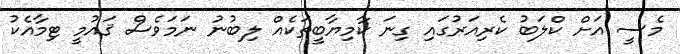
މެސީ އަށް ކްލަބު ކެރިއަރުގައި ގިނަ ކާމިޔާބީތަކެއް ލިބުނު ނަމަވެސް ޤައުމީ ޓިމާއެކު